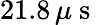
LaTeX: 21.8\, \mu\mathrm{~s~}